Civil Veterinary Dept. North-West Frontier Province 1923-32 - 1923-1932
Year: 1923
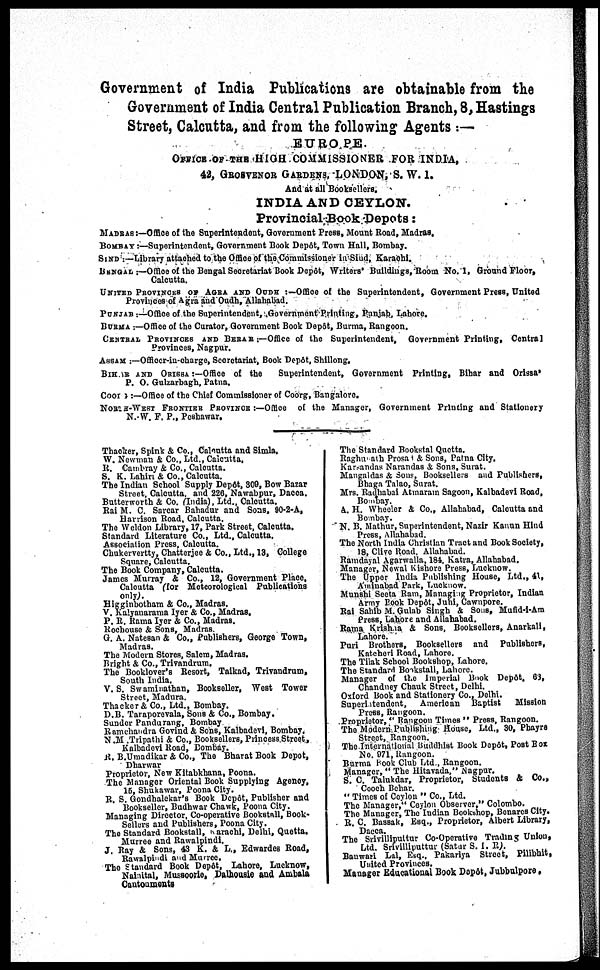
Government of India Publications are obtainable from the
Government of India Central Publication Branch, 8, Hastings
Street, Calcutta, and from the following Agents:—
EUROPE.
OFFICE-OF-THE HIGH COMMISSIONER FOR INDIA,
42, GROSVENOR GARDENS, LONDON, S. W. 1.
And at all Booksellers.
INDIA AND CEYLON.
Provincial Book Depots:
MADRAS:—Office of the Superintendent, Government Press, Mount Road, Madras.
BOMBAY:—Superintendent, Government Book Depôt, Town Hall, Bombay.
SIND:—Library attached to the Office of the Commissioner in Sind, Karachi.
BENGAL:—Office of the Bengal Secretariat Book Depôt, Writers Buildings, Room No. 1, Ground Floor,
Calcutta.
UNITED PROVINCES OF AGEA AND OUDH:—Office of the Superintendent, Government Press, United
Provinces of Agra and Oudh, Allahabad.
PUNJAB:—Office of the Superintendent, Government Printing, Punjab, Lahore.
BURMA:—Office of the Curator, Government Book Depôt, Burma, Rangoon.
CENTRAL PROVINCES AND BERAE:—Office of the Superintendent, Government Printing, Central
Provinces, Nagpur.
ASSAM:—Officcr-iu-oharge, Secretariat, Book Depôt, Shillong.
BIHAR AND ORISSA:—Office
of the
Superintendent, Government Printing, Bihar and Orissa'
P. O. Gulzarbagh, Patna.
COORG:—Office of the Chief Commissioner of Coorg, Bangalore.
NORTH-WEST FRONTIER PROVINCE:—Office of the Manager, Government Printing and Stationery
N.-W. F. P., Peshawar.
Thacker, Spink & Co., Calcutta and Simla.
W. Newman & Co., Ltd., Calcutta.
R. Cambray & Co., Calcutta.
S. K. Lahiri & Co., Calcutta.
The Indian School Supply Depôt, 300, Bow Bazar
Street, Calcutta, and 226, Nawabpur, Dacca.
Butterworth & Co. (India), Ltd., Calcutta.
Rai M. C. Sarcar Bahadur and Sons. 90-2-A,
Harrison Road, Calcutta.
The Weldon Library, 17, Park Street, Calcutta.
Standard Literature Co., Ltd., Calcutta.
Association Press, Calcutta.
Chukervertty, Chatterjee & Co., Ltd., 13, College
Square, Calcutta.
The Book Company, Calcutta.
James Murray & Co., 12, Government Place,
Calcutta (for Meteorological Publications
only).
Higginbotham & Co., Madras.
V. Kalyanarama Iyer & Co., Madras.
P. R. Rama Iyer & Co., Madras.
Rochouse & Sons, Madras.
G. A. Natesan & Co., Publishers, George Town,
Madras.
The Modern Stores, Salem, Madras.
Bright & Co., Trivandrum.
The Booklover's Resort, Taikad, Trivandrum,
South India.
V. S. Swaminathan, Bookseller, West Tower
Street, Madura.
Thacker & Co., Ltd., Bombay.
D.B. Taraporevala, Sons & Co., Bombay.
Sunder Pandurang, Bombay
Ramchandra Govind & Sons, Kalbadevi, Bombay.
N .M .Tripathi & Co., Booksellers, Princess Street,
Kalbadevi Road, Bombay.
R. B.Umadikar & Co., The Bharat Book Depot,
Dharwar
Proprietor, New Kitabkhana, Poona.
The Manager Oriental Book Supplying Agency,
15, Shukawar, Poona City.
R. S. Gondbalekar's Book Depôt, Publisher and
Bookseller, Budhwar Chawk, Poona City.
Managing Director, Co-operative Bookstall, Book-
Sellers and Publishers, Poona City.
The Standard Bookstall, Karachi, Delhi, Quetta.
Murree and Rawalpindi.
J. Ray & Sons, 43 K. & L., Edwardes Road,
Rawalpindi and Murree.
The Standard Book Depôt, Lahore, Lucknow,
Nalaital, Mussoorie, Dalhousie and Ambala
Cautonments
The Standard Bookstal Quetta.
Raghuwarh Prosan & Sons, Patna City.
Karsandas Narandas & Sons, Surat.
Mangaldas & Sons, Booksellers and Publishers,
Bhaga Talao, Surat.
Mrs. Radhabai Atmaram Sagoon, Kalbadevi Road,
Bombay.
A. H. Wheeler & Co., Allahabad, Calcutta and
Bombay.
N. B. Mathur, Superintendent, Nazir Kanun Hind
Press, Allahabad.
The North India Christian Tract and Book Society,
18, Clive Road. Allahabad.
Ramdayal Agarwalla, 184, Katra, Allahabad.
Manager, Newal Kishore Press, Lucknow.
The Upper India Publishing House, Ltd., 41,
Aminabad Park, Lucknow.
Munshi Seeta Ram, Managing Proprietor, Indian
Army Book Depôt, Juhi, Cawnpore.
Rai Sahib M. Gulab Singh & Sons, Mufid-i-Am
Press, Lahore and Allahabad.
Rama Krishna & Sons, Booksellers, Anarkali,
Lahore.
Puri Brothers, Booksellers and Publishers,
Kateheri Road, Lahore.
The Tilak School Bookshop, Lahore.
The Standard Bookstall, Lahore.
Manager of the Imperial Book Depôt, 63,
Chandney Chauk Street, Delhi.
Oxford Book and Stationery Co., Delhi.
Superintendent,
American Baptist
Mission
Press, Rangoon.
Proprietor," Rangoon Times" Press, Rangoon.
The Modern Publishing House, Ltd., 30, Phayre
Street, Rangoon.
The International Buddhist Book Depôt, Post Box
No. 071, Rangoon.
Burma Book Club Ltd., Rangoon.
Manager, "The Hitavada," Nagpur.
S. C. Talukdar, Proprietor, Students & Co.,
Cooch Behar.
"Times of Ceylon" Co., Ltd.
The Manager," Ceylon Observer," Colombo.
The Manager, The Indian Bookshop, Bonares City.
R. C. Bassak, Esq., Proprietor, Albert Library,
Dacca.
The Srivilliputtur Co-Operative Trading Union,
Ltd. Srivilliputtur (Satur S. I. R).
Banwari Lal, Esq., Pakariya Street, Pilibhit,
United Provinces.
Manager Educational Book Depôt, Jubbulpore.